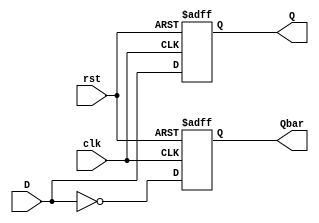
module DFF(D, clk, rst, Q, Qbar);
input D, clk, rst;
output reg Q, Qbar;

always @(posedge clk or negedge rst)
begin
	if (!rst) begin
		Q = 1'b0;
		Qbar = 1'b1;
	end
	else begin
		Q = D;
		Qbar = ~Q;
	end
end
endmodule